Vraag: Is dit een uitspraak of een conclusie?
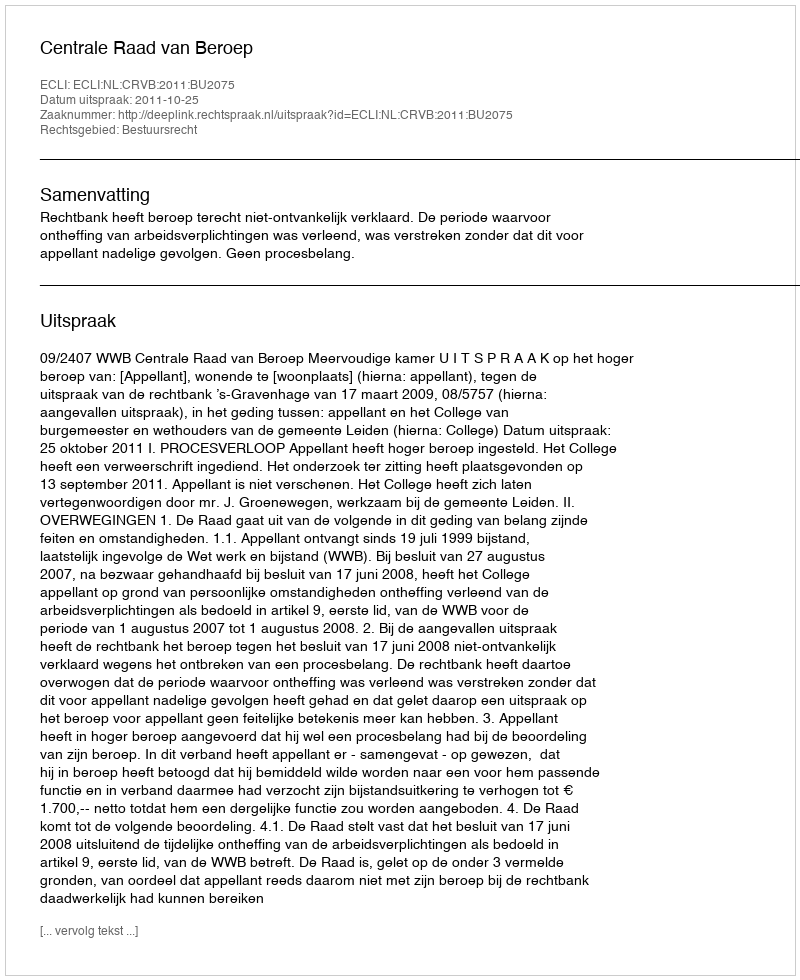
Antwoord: Uitspraak